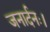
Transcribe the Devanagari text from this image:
जनार्दनः।